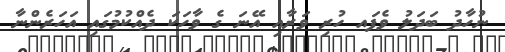
ނުހާދު ބަދަލު ވެފައ ހުރި ވަރާއި އޭނަ ގެ ވާހަކަ ދެއްކުމުގައި އަހަރެންނާ